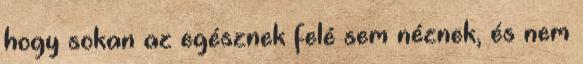
hogy sokan az egésznek felé sem néznek, és nem